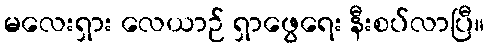
မလေးရှား လေယာဉ် ရှာဖွေရေး နီးစပ်လာပြီ။